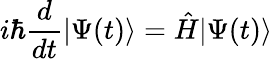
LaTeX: i\hbar{\frac{d}{dt}}\vert\Psi(t)\rangle={\hat{H}}\vert\Psi(t)\rangle